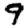
Digit: 9